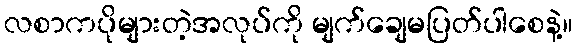
လစာကပိုများတဲ့အလုပ်ကို မျက်ချေမပြတ်ပါစေနဲ့။